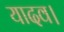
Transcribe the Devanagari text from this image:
यादव।